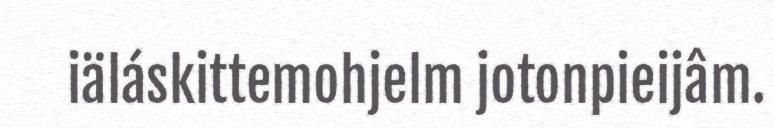
iäláskittemohjelm jotonpieijâm.